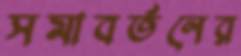
সমাবর্তনের